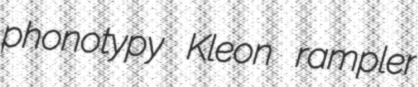
phonotypy Kleon rampler